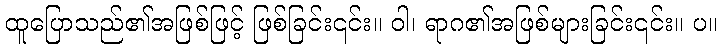
ထူပြောသည်၏အဖြစ်ဖြင့် ဖြစ်ခြင်း၎င်း။ ဝါ၊ ရာဂ၏အဖြစ်များခြင်း၎င်း။ ပ။